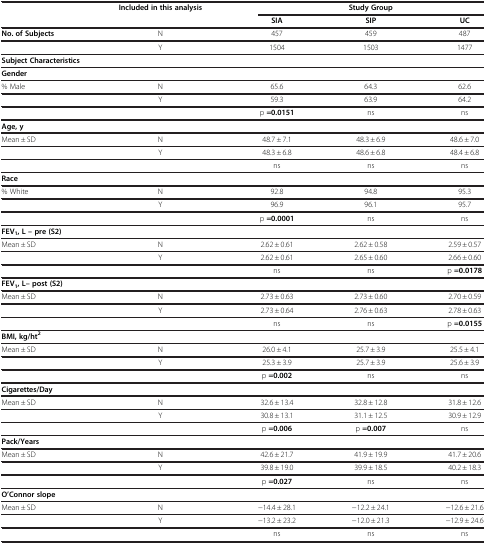
<table><thead><tr><td><b> </b></td><td><b>Included in this analysis</b></td><td colspan="3"><b>Study Group</b></td></tr><tr><td><b> </b></td><td><b> </b></td><td><b>SIA</b></td><td><b>SIP</b></td><td><b>UC</b></td></tr></thead><tbody><tr><td><b>No. of Subjects</b></td><td>N</td><td>457</td><td>459</td><td>487</td></tr><tr><td> </td><td>Y</td><td>1504</td><td>1503</td><td>1477</td></tr><tr><td colspan="5"><b>Subject Characteristics</b></td></tr><tr><td><b>Gender</b></td><td> </td><td> </td><td> </td><td> </td></tr><tr><td>% Male</td><td>N</td><td>65.6</td><td>64.3</td><td>62.6</td></tr><tr><td> </td><td>Y</td><td>59.3</td><td>63.9</td><td>64.2</td></tr><tr><td> </td><td> </td><td>p <b>=0.0151</b></td><td>ns</td><td>ns</td></tr><tr><td><b>Age, y</b></td><td> </td><td> </td><td> </td><td> </td></tr><tr><td>Mean ± SD</td><td>N</td><td>48.7 ± 7.1</td><td>48.3 ± 6.9</td><td>48.6 ± 7.0</td></tr><tr><td> </td><td>Y</td><td>48.3 ± 6.8</td><td>48.6 ± 6.8</td><td>48.4 ± 6.8</td></tr><tr><td> </td><td> </td><td>ns</td><td>ns</td><td>ns</td></tr><tr><td><b>Race</b></td><td> </td><td> </td><td> </td><td> </td></tr><tr><td>% White</td><td>N</td><td>92.8</td><td>94.8</td><td>95.3</td></tr><tr><td> </td><td>Y</td><td>96.9</td><td>96.1</td><td>95.7</td></tr><tr><td> </td><td> </td><td>p <b>=0.0001</b></td><td>ns</td><td>ns</td></tr><tr><td><b>FEV</b><sub><b>1</b></sub><b>, L – pre (S2)</b></td><td> </td><td> </td><td> </td><td> </td></tr><tr><td>Mean ± SD</td><td>N</td><td>2.62 ± 0.61</td><td>2.62 ± 0.58</td><td>2.59 ± 0.57</td></tr><tr><td> </td><td>Y</td><td>2.62 ± 0.61</td><td>2.65 ± 0.60</td><td>2.66 ± 0.60</td></tr><tr><td> </td><td> </td><td>ns</td><td>ns</td><td>p <b>=0.0178</b></td></tr><tr><td><b>FEV</b><sub><b>1</b></sub><b>, L– post (S2)</b></td><td> </td><td> </td><td> </td><td> </td></tr><tr><td>Mean ± SD</td><td>N</td><td>2.73 ± 0.63</td><td>2.73 ± 0.60</td><td>2.70 ± 0.59</td></tr><tr><td> </td><td>Y</td><td>2.73 ± 0.64</td><td>2.76 ± 0.63</td><td>2.78 ± 0.63</td></tr><tr><td> </td><td> </td><td>ns</td><td>ns</td><td>p <b>=0.0155</b></td></tr><tr><td><b>BMI, kg/ht</b><sup><b>2</b></sup></td><td> </td><td> </td><td> </td><td> </td></tr><tr><td>Mean ± SD</td><td>N</td><td>26.0 ± 4.1</td><td>25.7 ± 3.9</td><td>25.5 ± 4.1</td></tr><tr><td> </td><td>Y</td><td>25.3 ± 3.9</td><td>25.7 ± 3.9</td><td>25.6 ± 3.9</td></tr><tr><td> </td><td> </td><td>p <b>=0.002</b></td><td>ns</td><td>ns</td></tr><tr><td><b>Cigarettes/Day</b></td><td> </td><td> </td><td> </td><td> </td></tr><tr><td>Mean ± SD</td><td>N</td><td>32.6 ± 13.4</td><td>32.8 ± 12.8</td><td>31.8 ± 12.6</td></tr><tr><td> </td><td>Y</td><td>30.8 ± 13.1</td><td>31.1 ± 12.5</td><td>30.9 ± 12.9</td></tr><tr><td> </td><td> </td><td>p <b>=0.006</b></td><td>p <b>=0.007</b></td><td>ns</td></tr><tr><td><b>Pack/Years</b></td><td> </td><td> </td><td> </td><td> </td></tr><tr><td>Mean ± SD</td><td>N</td><td>42.6 ± 21.7</td><td>41.9 ± 19.9</td><td>41.7 ± 20.6</td></tr><tr><td> </td><td>Y</td><td>39.8 ± 19.0</td><td>39.9 ± 18.5</td><td>40.2 ± 18.3</td></tr><tr><td> </td><td> </td><td>p <b>=0.027</b></td><td>ns</td><td>ns</td></tr><tr><td><b>O’Connor slope</b></td><td> </td><td> </td><td> </td><td> </td></tr><tr><td>Mean ± SD</td><td>N</td><td>−14.4 ± 28.1</td><td>−12.2 ± 24.1</td><td>−12.6 ± 21.6</td></tr><tr><td> </td><td>Y</td><td>−13.2 ± 23.2</td><td>−12.0 ± 21.3</td><td>−12.9 ± 24.6</td></tr><tr><td> </td><td> </td><td>ns</td><td>ns</td><td>ns</td></tr></tbody></table>